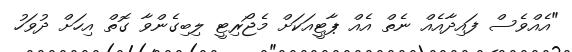
"އެއްވެސް ފައިދާއެއް ނެތް އެއް ޕާޓީއަކަށް މެޖޯރިޓީ ލިބިގެންވާ ގޮތް އިހަށް ދުވަހު